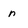
Character: n